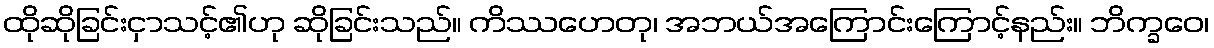
ထိုဆိုခြင်းငှာသင့်၏ဟု ဆိုခြင်းသည်။ ကိဿဟေတု၊ အဘယ်အကြောင်းကြောင့်နည်း။ ဘိက္ခဝေ၊